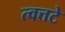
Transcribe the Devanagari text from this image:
त्वत्तटे